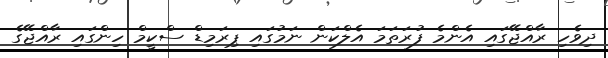
ދިވެހި ރާއްޖޭގައި އެންމެ ފުރަތަމަ އެލްކަން ނަމުގައި ޕިރަމިޑް ސްކީމް ހިންގައި ރާއްޖޭގެ